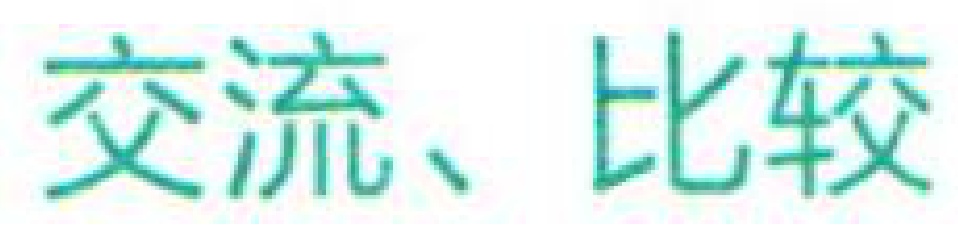
交流、比较